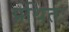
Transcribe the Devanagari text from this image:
प्रथितः